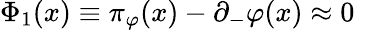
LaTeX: \Phi_{1}(x)\equiv\pi_{\varphi}(x)-\partial_{-}\varphi(x)\approx 0\quad